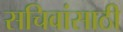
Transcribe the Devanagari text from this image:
सचिवांसाठी